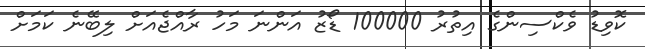
ކޮވިޑު ވެކްސިންގެ އިތުރު 100000 ޑޯޒު އަންނަ މަހު ރާއްޖެއަށް ލިބޭނެ ކަމަށް